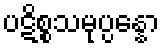
ပဋိစ္စသမုပ္ပန္နော